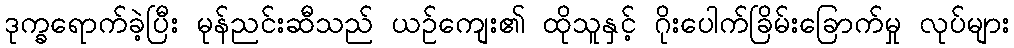
ဒုက္ခရောက်ခဲ့ပြီး မုန်ညင်းဆီသည် ယဉ်ကျေး၏ ထိုသူနှင့် ဂိုးပေါက်ခြိမ်းခြောက်မှု လုပ်များ